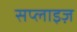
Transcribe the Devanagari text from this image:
सप्लाइज़